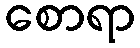
စောရာ